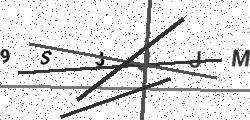
Text: 9SJJJM